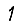
Digit: 1